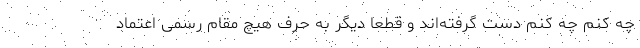
چه کنم چه کنم دست گرفته‌اند و قطعا دیگر به حرف هیچ مقام رسمی اعتماد